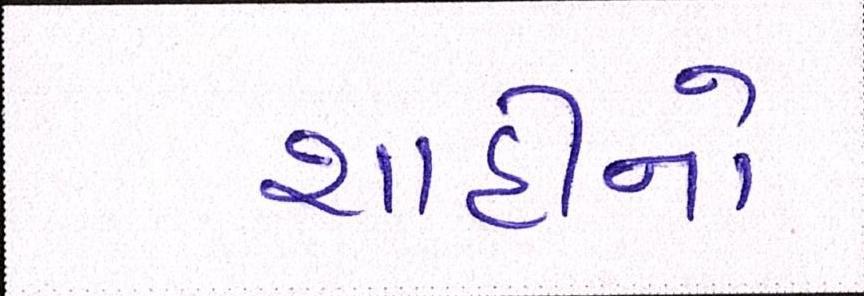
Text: શાહીનો